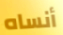
أنساه